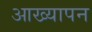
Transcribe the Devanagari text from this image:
आख्यापन